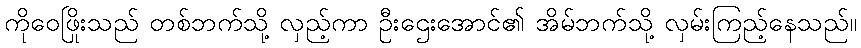
ကိုဝေဖြိုးသည် တစ်ဘက်သို့ လှည့်ကာ ဦးဌေးအောင်၏ အိမ်ဘက်သို့ လှမ်းကြည့်နေသည်။